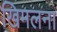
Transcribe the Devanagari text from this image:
खिमलना